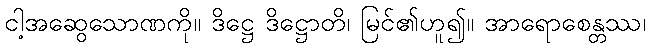
ငါ့အဆွေသောဏကို။ ဒိဋ္ဌေ ဒိဋ္ဌောတိ၊ မြင်၏ဟူ၍။ အာရောစေန္တဿ၊